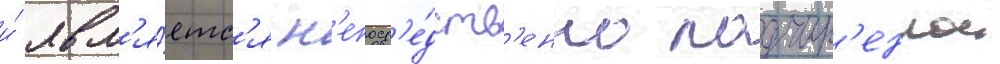
и́ явл'я́етс'я н'епоср'е́дств'енно подчин'еннои